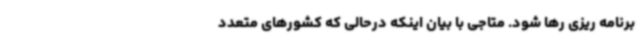
برنامه ریزی رها شود. ‌متاجی با بیان اینکه درحالی که کشورهای متعدد